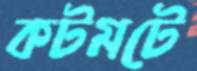
কটমটে